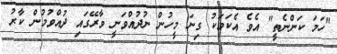
"ހަމަ ކަންނެތީ" އެވެ އެކަމަކު ގިނަ މީހުން ނުދުއްވަނީ ވާރޭގައި ދުއްވުމުން ކާރު